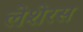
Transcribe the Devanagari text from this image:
लेशेरस